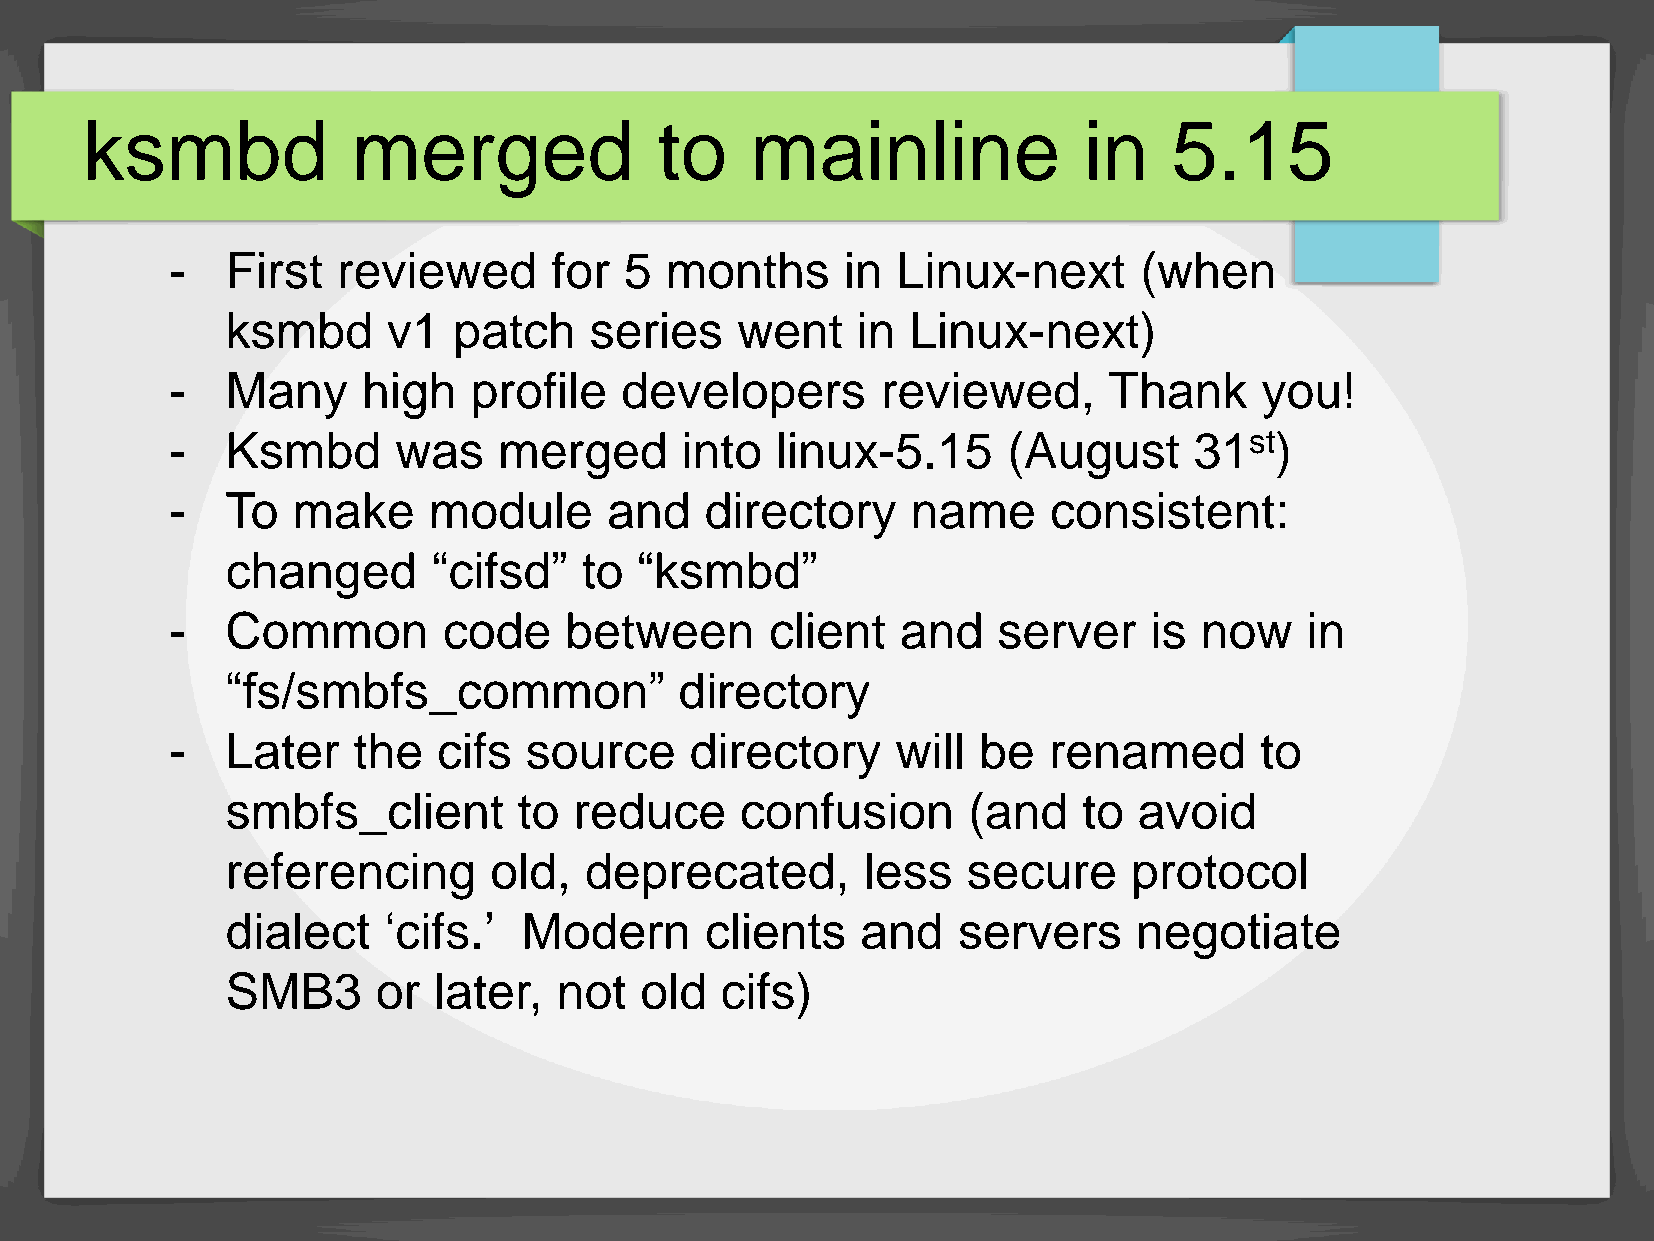
ksmbd             merged               to    mainline              in    5.15
 -   First  reviewed       for 5  months      in Linux-next      (when
 ksmbd      v1  patch    series    went    in Linux-next)
 -   Many     high   profile   developers       reviewed,      Thank      you!
 -   Ksmbd      was    merged      into  linux-5.15      (August     31st)
 -   To  make     module      and    directory    name      consistent:
 changed       “cifsd”   to “ksmbd”
 -   Common        code    between       client   and   server    is now    in
 “fs/smbfs_common”             directory
 -   Later   the   cifs  source     directory    will  be  renamed       to
 smbfs_client       to  reduce     confusion      (and    to avoid
 referencing      old,   deprecated,       less   secure     protocol
 dialect   ‘cifs.’   Modern      clients   and   servers     negotiate
 SMB3      or  later,  not  old   cifs)